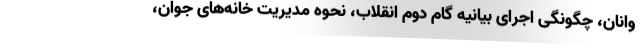
وانان، چگونگی اجرای بیانیه گام دوم انقلاب، نحوه مدیریت خانه‌های جوان،